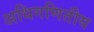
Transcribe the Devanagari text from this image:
अधिगणितीय